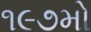
૧૯૭મો